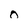
Character: 0